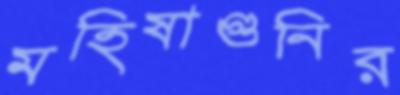
মহিষাগুনির